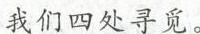
我们四处寻觅。